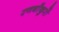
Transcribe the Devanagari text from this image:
रणबाँकुरों